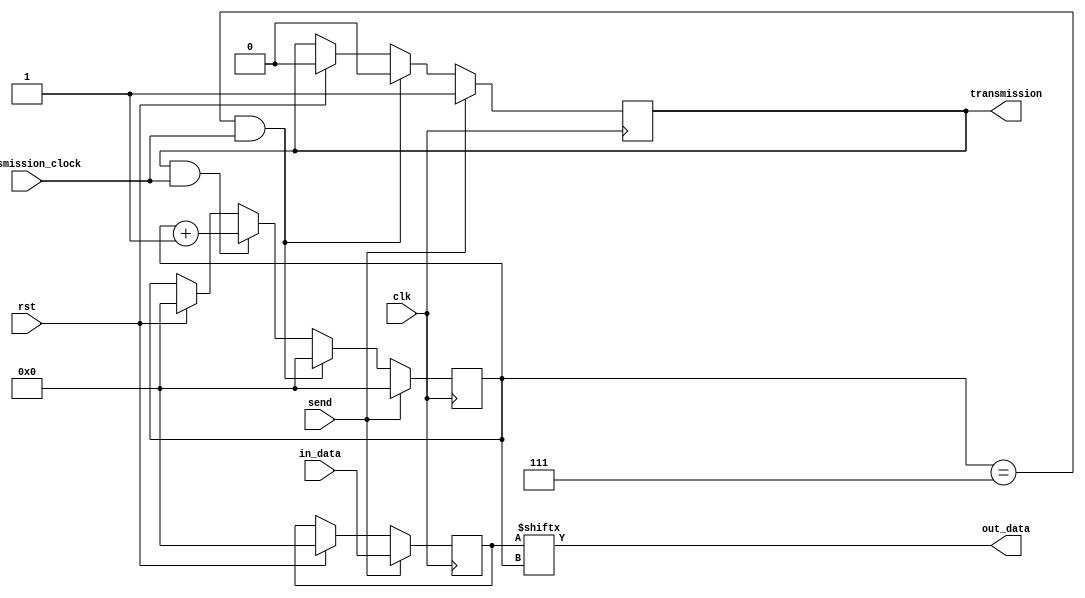
module serial_transmitter(input       clk,
						  input 	  rst,
						  input 	  transmission_clock, 
						  input 	  send,
						  input [7:0] in_data,
						  output 	  transmission,
						  output 	  out_data);

   reg [7:0] 						  index = 0;
   reg [7:0]						  data_buffer = 0;

   reg 								  sending = 0;
   
   wire 							  current_bit = data_buffer[index];
   wire 							  last_index = index == 7;

   assign transmission = sending;
   assign out_data = current_bit;
   
   always @(posedge clk) begin
	  if (rst) begin
		 index <= 0;
		 data_buffer <= 0;
		 sending <= 0;
	  end if (send) begin
		 data_buffer <= in_data;
		 sending <= 1;
		 index <= 0;
	  end else if (last_index && transmission_clock) begin
		 index <= 0;
		 sending <= 0;
	  end else if (sending && transmission_clock) begin
		 index <= index + 1;
	  end
   end
   

endmodule